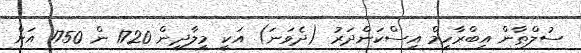
ސުލްޠާން އިބްރާހީމް އިސްކަންދަރު (ދެވަނަ) އަކީ މީލާދީން 1720 ން 1750 އަށް